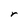
Character: r